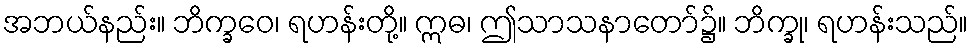
အဘယ်နည်း။ ဘိက္ခဝေ၊ ရဟန်းတို့။ ဣဓ၊ ဤသာသနာတော်၌။ ဘိက္ခု၊ ရဟန်းသည်။